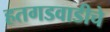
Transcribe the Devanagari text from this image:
हतगडवाडीचे